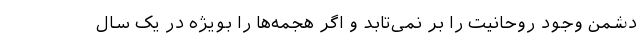
دشمن وجود روحانیت را بر نمی‌تابد و اگر هجمه‌ها را بویژه در یک سال